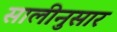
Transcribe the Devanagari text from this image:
सालीनुसार